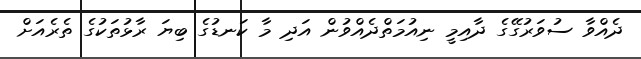
ދެއްވާ ސުވަރުގޭގެ ދާއިމީ ނިއުމަތްދެއްވުން އަދި މާ ކަނޑުގެ ބިޔަ ރާޅުތަކުގެ ތެރެއަށް